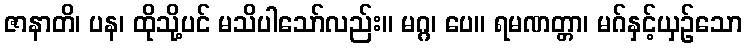
ဇာနာတိ၊ ပန၊ ထိုသို့ပင် မသိပါသော်လည်း။ မဂ္ဂ၊ ပေ။ ရမဏတ္တာ၊ မဂ်နှင့်ယှဉ်သော